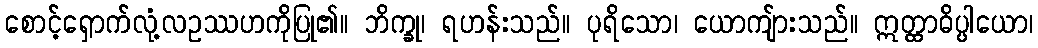
စောင့်ရှောက်လုံ့လဥဿဟကိုပြု၏။ ဘိက္ခု၊ ရဟန်းသည်။ ပုရိသော၊ ယောကျ်ားသည်။ ဣတ္ထာဓိပ္ပါယော၊